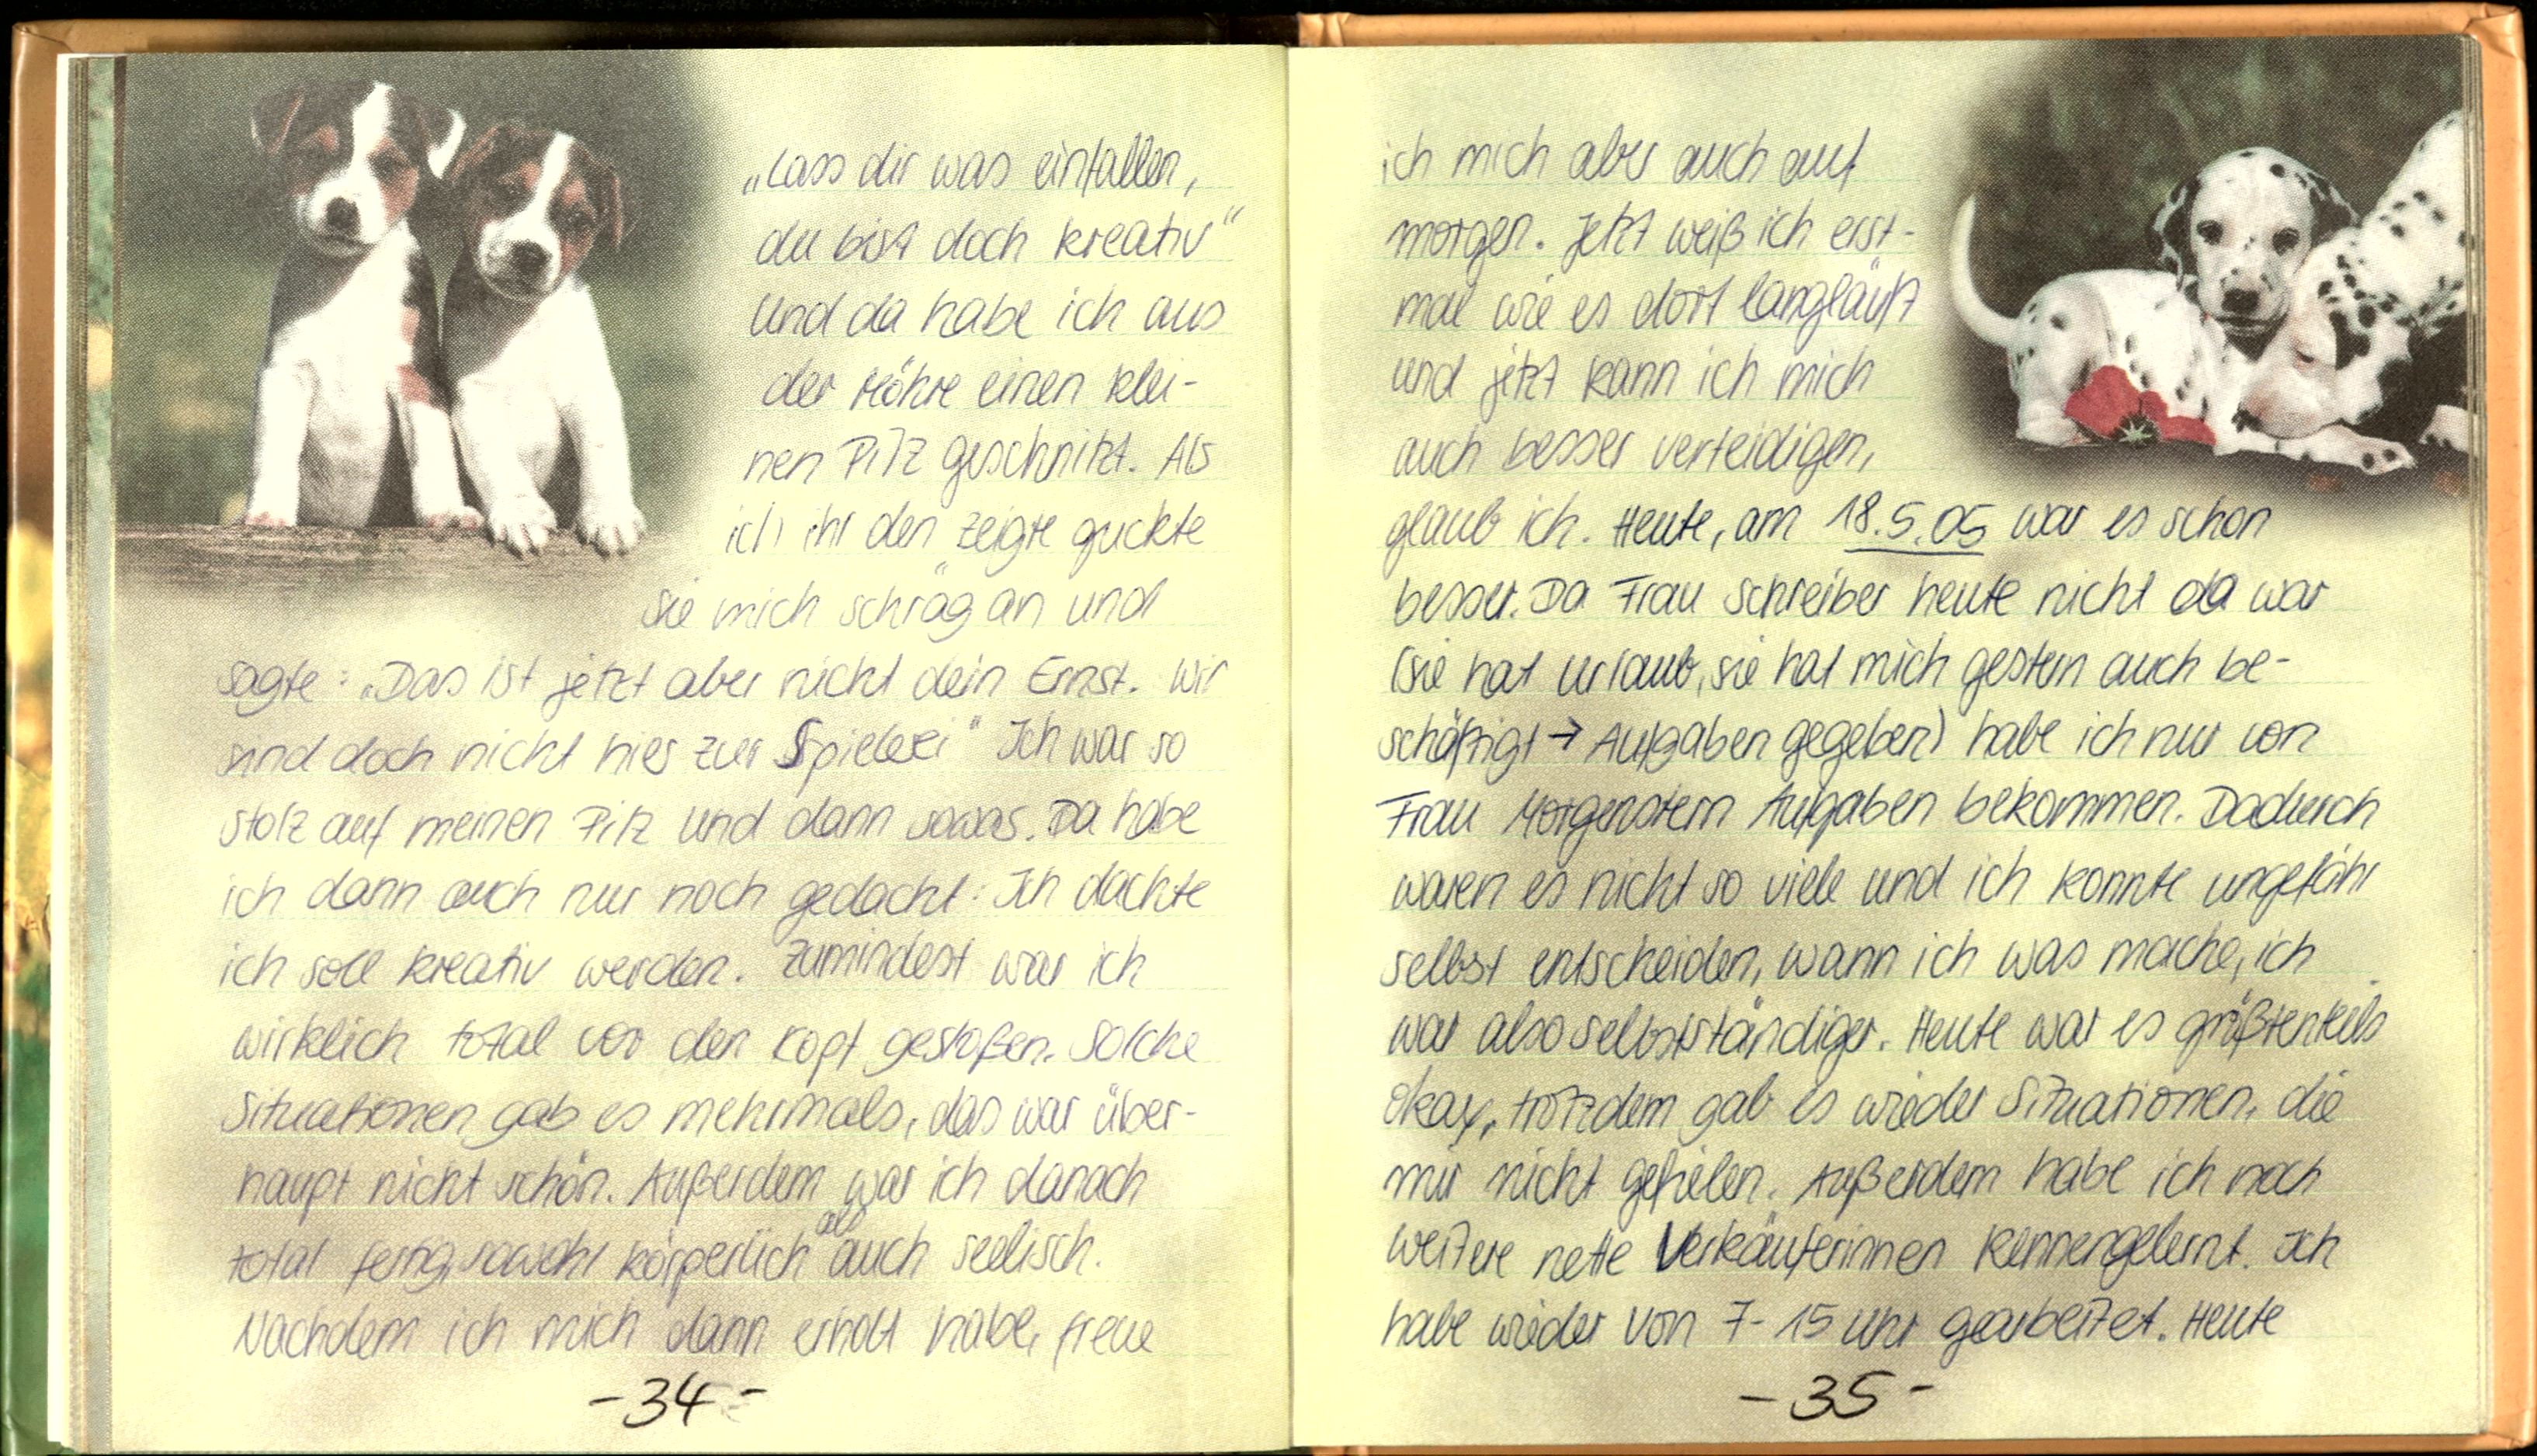
„Lass dir was einfallen,
du bist doch kreativ"
Und da habe ich aus
der Möhre einen klei-
nen Pilz geschnitzt. Als
ich ihr den Zeigte guckte
sie mich schräg an und
sägte: „Das ist jetzt aber nicht dern Ernst. Wir
sind doch nicht hier zur Spielerei" Ich war so
stolz auf meinen Pilz und dann sowas. Da habe
ich dann auch nur noch gedacht: Ich dachte
ich soll kreativ werden. Zumindest war ich
wirklich total vor den Kopf gestoßen. Solche
Situationen gab es mehrmals, das war über-
haupt nicht schön. Außerdem war ich danach
total fertig, sowohl körperlich auch seelisch.
Nachdem ich mich dann erholt habe, freue

ich mich aber auch auf
morgen. Jetzt weiß ich erst-
mal wie es dort langläuft
und jetzt kann ich mich
auch besser verteidigen,
glaub ich. Heute, am 18.5.05 war es schon
besser. Da Frau Schreiber heute nicht da war
(sie hat Urlaub, sie hat mich gestern auch be-
schäftigt -> Aufgaben gegeben) habe ich nur von
Frau Morgenstern Aufgaben bekommen. Dadurch
waren es nicht so viele und ich konnte ungefähr
selbst entscheiden, wann ich was mache, ich
war also selbstständiger. Heute war es größtenteils
okay, trotzdem gab es wieder Situationen, die
mir nicht gefielen. Außerdem habe ich noch
weitere nette Verkäuferinnen kennengelernt. Ich
habe wieder von 7-15 Uhvergearbeitet. Heute